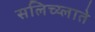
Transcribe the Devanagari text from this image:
सलिच्य्लाते